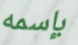
بإسمه